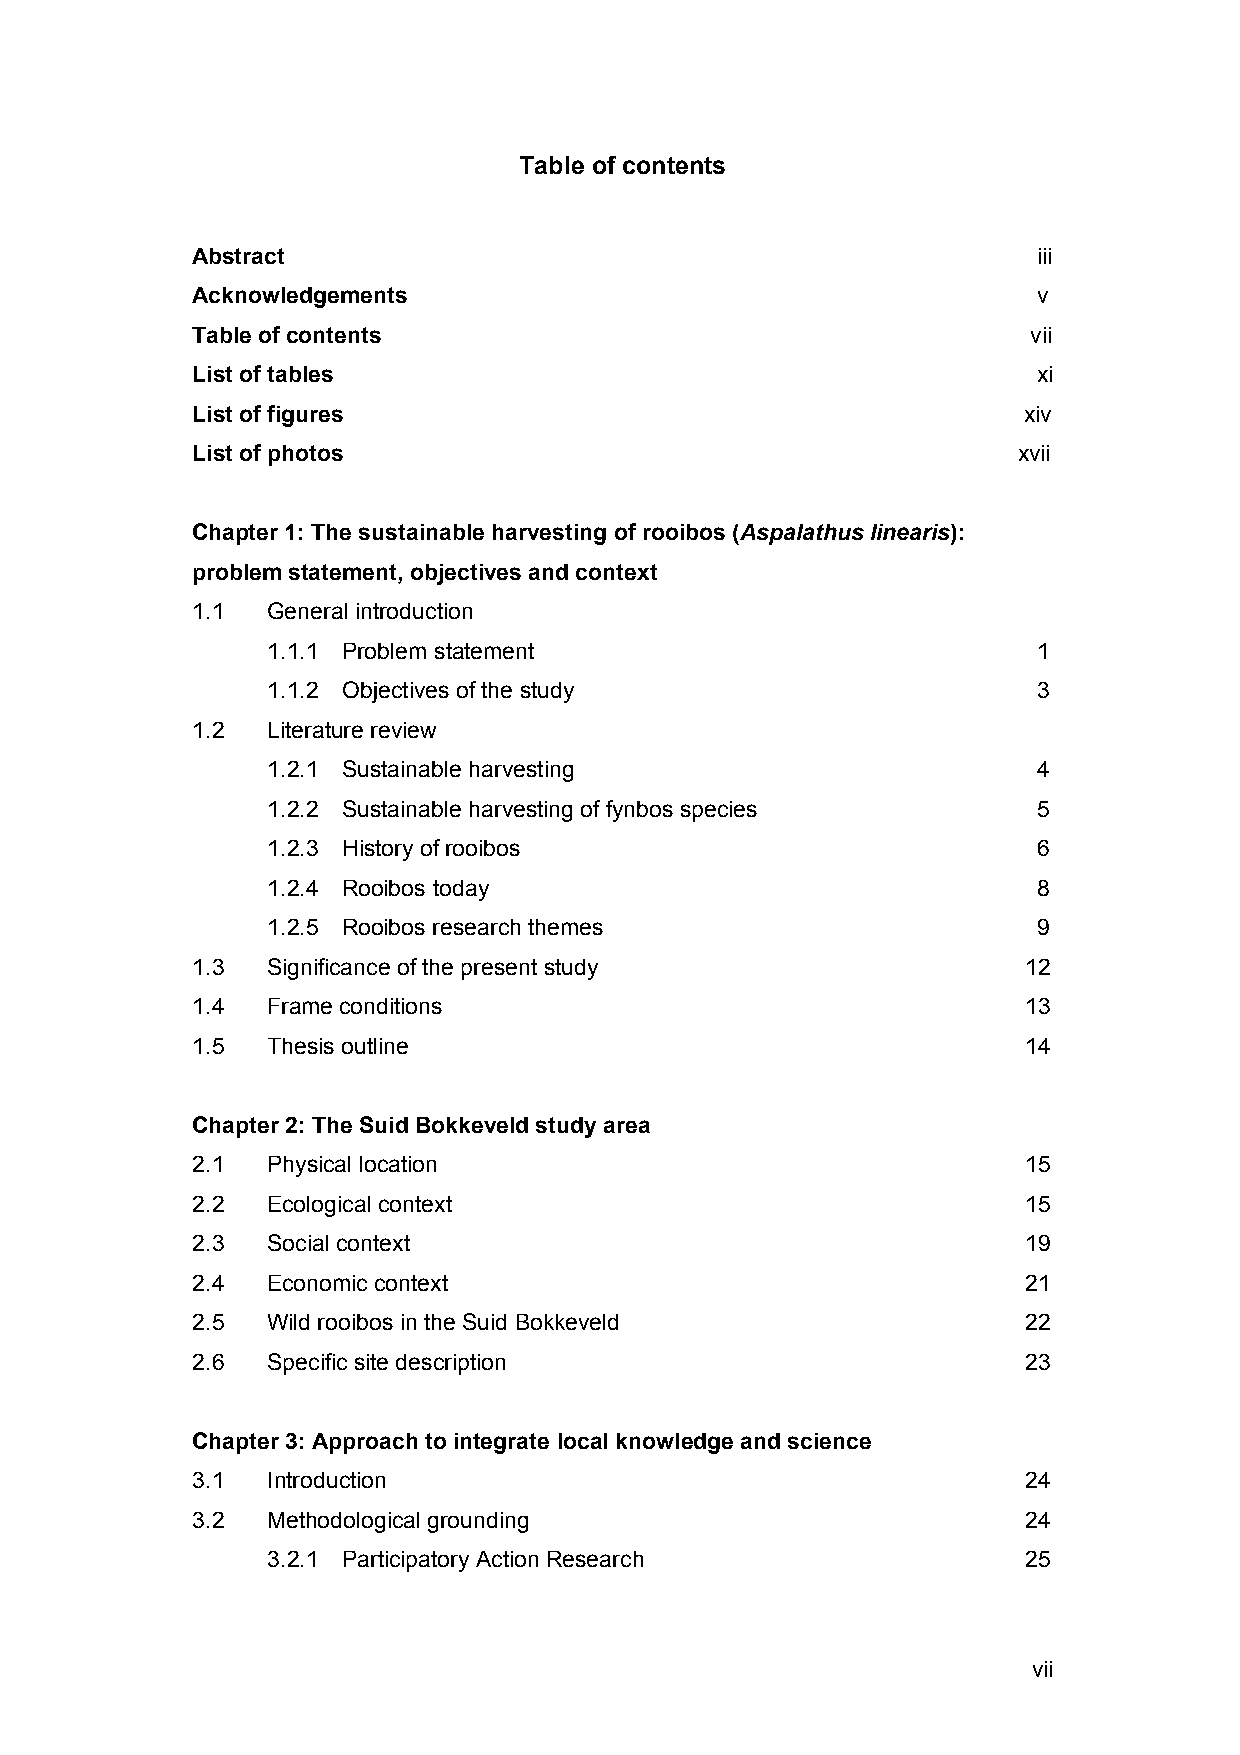
Table of contents
 Abstract                                                iii
 Acknowledgements                                        v
 Table of contents                                      vii
 List of tables                                          xi
 List of figures                                        xiv
 List of photos                                        xvii
 Chapter 1: The sustainable harvesting of rooibos (Aspalathus linearis):
 problem statement, objectives and context
 1.1  General introduction
 1.1.1 Problem statement                            1
 1.1.2 Objectives of the study                      3
 1.2  Literature review
 1.2.1 Sustainable harvesting                       4
 1.2.2 Sustainable harvesting of fynbos species     5
 1.2.3 History of rooibos                           6
 1.2.4 Rooibos today                                8
 1.2.5 Rooibos research themes                      9
 1.3  Significance of the present study                 12
 1.4  Frame conditions                                  13
 1.5  Thesis outline                                    14
 Chapter 2: The Suid Bokkeveld study area
 2.1  Physical location                                 15
 2.2  Ecological context                                15
 2.3  Social context                                    19
 2.4  Economic context                                  21
 2.5  Wild rooibos in the Suid Bokkeveld                22
 2.6  Specific site description                         23
 Chapter 3: Approach to integrate local knowledge and science
 3.1  Introduction                                      24
 3.2  Methodological grounding                          24
 3.2.1 Participatory Action Research               25
 vii